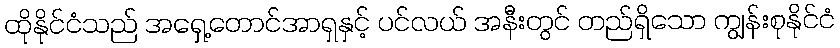
ထိုနိုင်ငံသည် အရှေ့တောင်အာရှနှင့် ပင်လယ် အနီးတွင် တည်ရှိသော ကျွန်းစုနိုင်ငံ